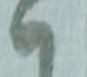
ハ